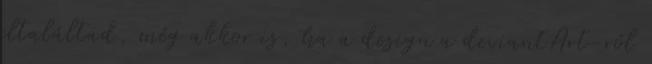
eltaláltad, még akkor is, ha a design a deviantArt-ról